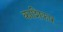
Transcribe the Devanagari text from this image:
काशिकार